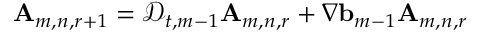
\mathbf { A } _ { m , n , r + 1 } = \mathscr { D } _ { t , m - 1 } \mathbf { A } _ { m , n , r } + \nabla \ensuremath { \mathbf { b } } _ { m - 1 } \mathbf { A } _ { m , n , r }